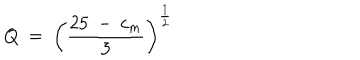
LaTeX: Q ~ = ~ \left( { \frac { 2 5 ~ - ~ c _ { m } } { 3 } } \right) ^ { \frac 1 2 }